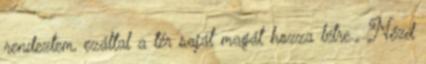
rendeztem, ezáltal a tér saját magát hozza létre.„ Nézd